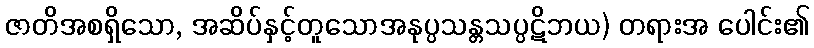
ဇာတိအစရှိသော, အဆိပ်နှင့်တူသောအနုပ္ပသန္တသပ္ပဋိဘယ) တရားအ ပေါင်း၏